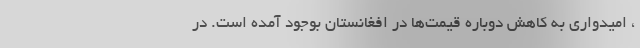
، امیدواری به کاهش دوباره قیمت‌ها در افغانستان بوجود آمده است. در